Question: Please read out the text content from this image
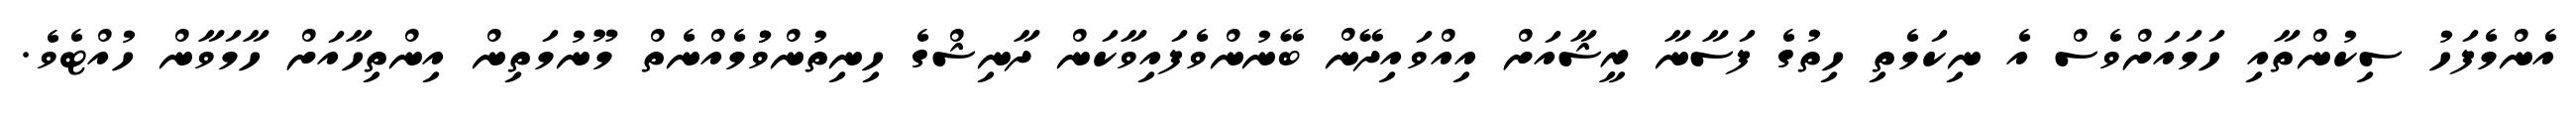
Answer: އެންމެފަހު ސިކުންތާއި ހަމައަށްވެސް އެ ނިކަމެތި ހިތުގެ ފަސާނާ ރީޝާއަށް އިއްވައިދޭން ބޭނުންވެފައިވާކަން ދާނިޝްގެ ހިނިތުންވުުމެއްނެތް މޫނުމަތިން އިންތިހާއަށް ހާމަވާން ހުއްޓެވެ.